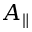
A _ { \parallel }